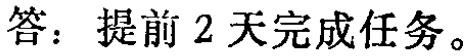
答：提前 2 天完成任务。